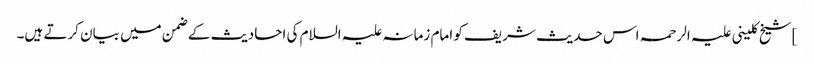
]شیخ کلینی علیہ الرحمہ اس حدیث شریف کو امام زمانہ علیہ السلام کی احادیث کے ضمن میں بیان کرتے ہیں۔